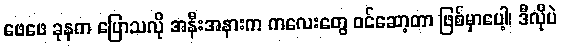
ဖေဖေ ခုနက ပြောသလို အနီးအနားက ကလေးတွေ ဝင်ဆော့တာ ဖြစ်မှာပေါ့၊ ဒီလိုပဲ